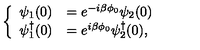
\left\{ \begin{array} { l l } { \psi _ { 1 } ( 0 ) } & { = e ^ { - i \beta \phi _ { 0 } } \psi _ { 2 } ( 0 ) } \\ { \psi _ { 1 } ^ { \dagger } ( 0 ) } & { = e ^ { i \beta \phi _ { 0 } } \psi _ { 2 } ^ { \dagger } ( 0 ) , } \\ \end{array} \right.